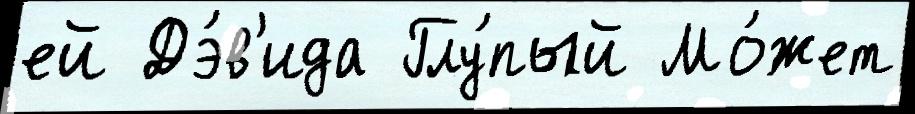
ей Дэ́в'ида Глу́пый Мо́жет